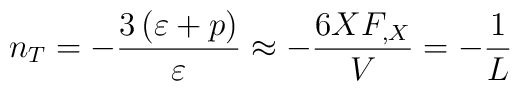
n_T = - \frac{3 \left( \varepsilon + p \right)}{\varepsilon}\approx - \frac{6 X F_{,X}}{V}= - \frac{1}{L}